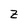
Character: Z